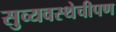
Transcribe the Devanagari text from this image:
सुव्यवस्थेचीपण